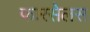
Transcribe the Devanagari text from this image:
फारसेलस